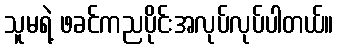
သူမရဲ့ ဖခင်ကညပိုင်းအလုပ်လုပ်ပါတယ်။